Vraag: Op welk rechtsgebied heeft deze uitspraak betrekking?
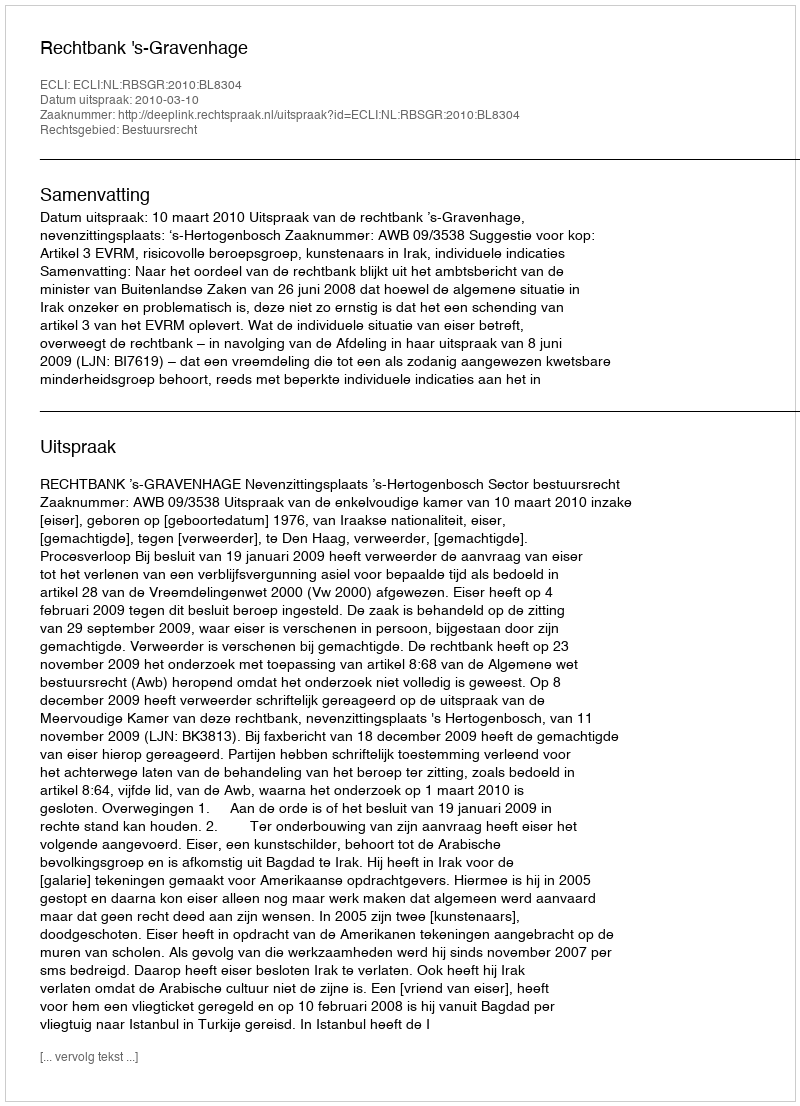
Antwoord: Bestuursrecht